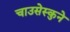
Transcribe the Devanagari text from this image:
चाउसेस्कुने